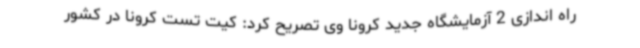
راه اندازی 2 آزمایشگاه جدید کرونا وی تصریح کرد: کیت تست کرونا در کشور